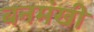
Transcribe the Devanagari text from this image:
बनमंखी